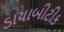
ડાયાબીટીક